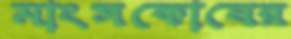
মাংসকোষের